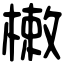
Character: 𣙙